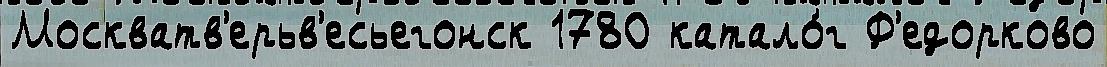
Москватв'ерьв'есьегонск 1780 катало́г Ф'едорково